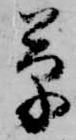
草